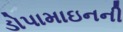
ડોપામાઇનની